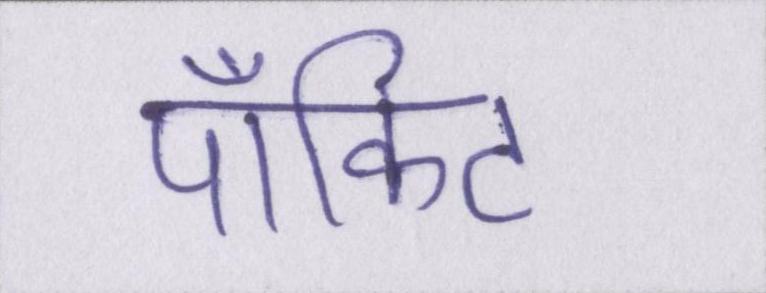
पॉकिट